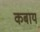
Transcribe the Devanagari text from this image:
कबाय